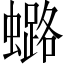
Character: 𧒌